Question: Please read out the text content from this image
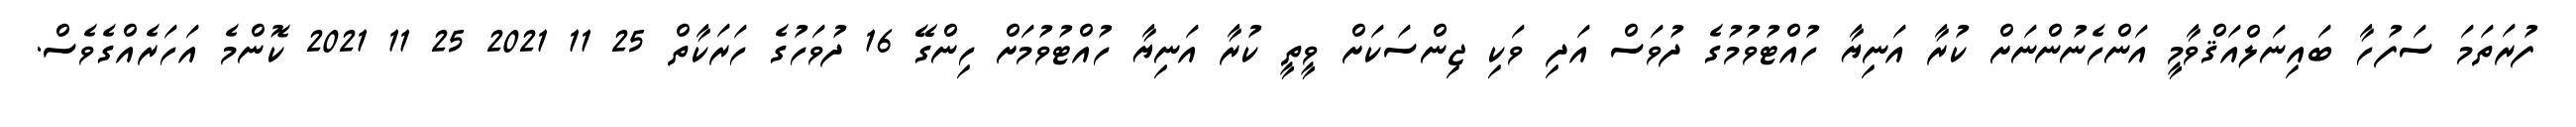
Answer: ފުރަތަމަ ސަފުހާ ބައިނަލްއަޤްވާމީ އަންހެނުންނަށް ކުރާ އަނިޔާ ހުއްޓުވުމުގެ ދުވަސް އަދި ވަކި ޖިންސަކަށް ވީތީ ކުރާ އަނިޔާ ހުއްޓުވުމަށް ހިންގޭ 16 ދުވަހުގެ ހަރަކާތް 25 11 2021 25 11 2021 ކޮންމެ އަހަރެއްގެވެސް.